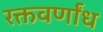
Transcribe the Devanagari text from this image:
रक्तवर्णांध